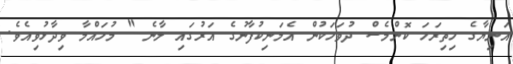
އަނިޔާގެ ހިތިރަހަ ކޮންމެސް ދުވަހަކުން އެމަނިކުފާނުގެ އަރުގައި ލާނެ " މުހައްމާ ވިދާޅުވިއެވެ.